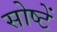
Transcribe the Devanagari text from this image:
सोष्टें